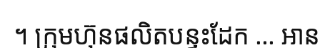
។ ក្រុមហ៊ុនផលិតបន្ទះដែក ... អាន